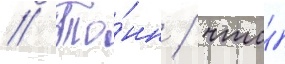
// То́нн / что́